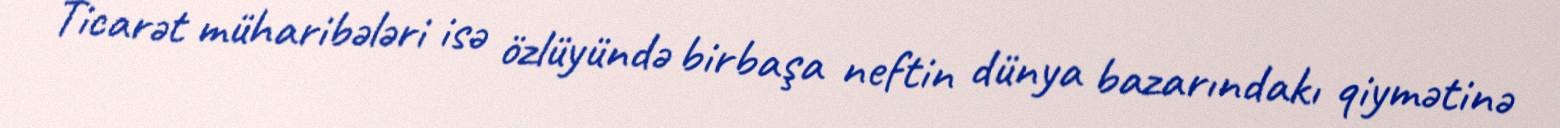
Ticarət müharibələri isə özlüyündə birbaşa neftin dünya bazarındakı qiymətinə